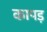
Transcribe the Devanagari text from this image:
कापड़